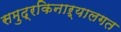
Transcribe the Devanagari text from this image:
समुद्रकिनाऱ्यालगत